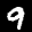
Label: 9